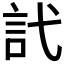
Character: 𬢜